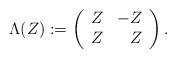
LaTeX: \begin{align*}\Lambda(Z) :=\left( \begin{array}{cr}Z & - Z \\Z & Z\end{array} \right).\end{align*}